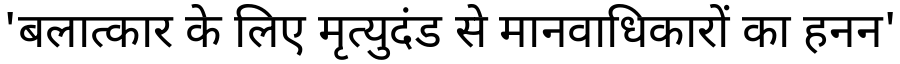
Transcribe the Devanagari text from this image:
'बलात्कार के लिए मृत्युदंड से मानवाधिकारों का हनन'